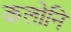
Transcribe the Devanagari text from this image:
कलोनि